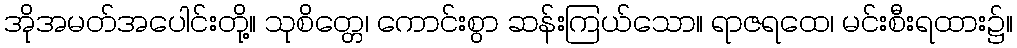
အိုအမတ်အပေါင်းတို့။ သုစိတ္တေ၊ ကောင်းစွာ ဆန်းကြယ်သော။ ရာဇရထေ၊ မင်းစီးရထား၌။